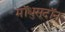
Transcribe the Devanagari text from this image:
मॉधुसूदॉन